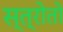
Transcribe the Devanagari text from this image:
स्त्रोतो